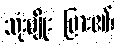
သုံးမျိုး ပြား၏၊